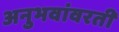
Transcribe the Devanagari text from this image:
अनुभवांवरती